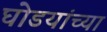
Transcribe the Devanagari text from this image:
घोडयांच्या